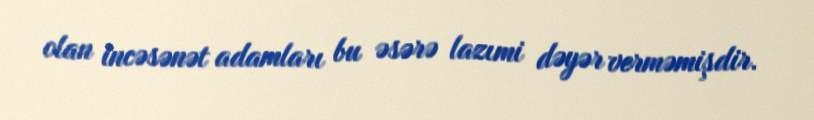
olan incəsənət adamları bu əsərə lazımi dəyər verməmişdir.